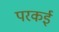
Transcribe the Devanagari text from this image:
परकई